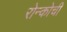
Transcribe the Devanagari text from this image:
रोन्कोची